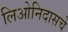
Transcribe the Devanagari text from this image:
लिओनिदासचे